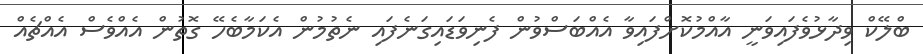
ބްލޭކް ވިދާޅުވެފައިވަނީ އާއްމުކޮށްފައިވާ އެއްބަސްވުން ފެނިވަޑައިގަނެފައި ނެތުމުން އެކަމާބެހޭ ގޮތުން އެއްވެސް އެއްޗެއް